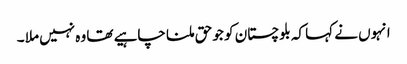
انہوں نے کہا کہ بلوچستان کو جو حق ملنا چاہیے تھا وہ نہیں ملا ۔